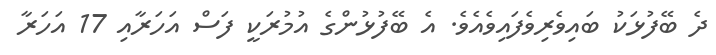
ދެ ބޭފުޅަކު ބައިވެރިވެފައިވެއެވެ. އެ ބޭފުޅުންގެ އުމުރަކީ ފަސް އަހަރާއި 17 އަހަރާ